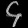
Digit: ၄